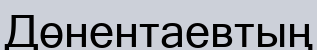
Дөнентаевтың